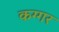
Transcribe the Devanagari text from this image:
कग्गर